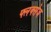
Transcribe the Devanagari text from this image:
फ्लक्‍सेज